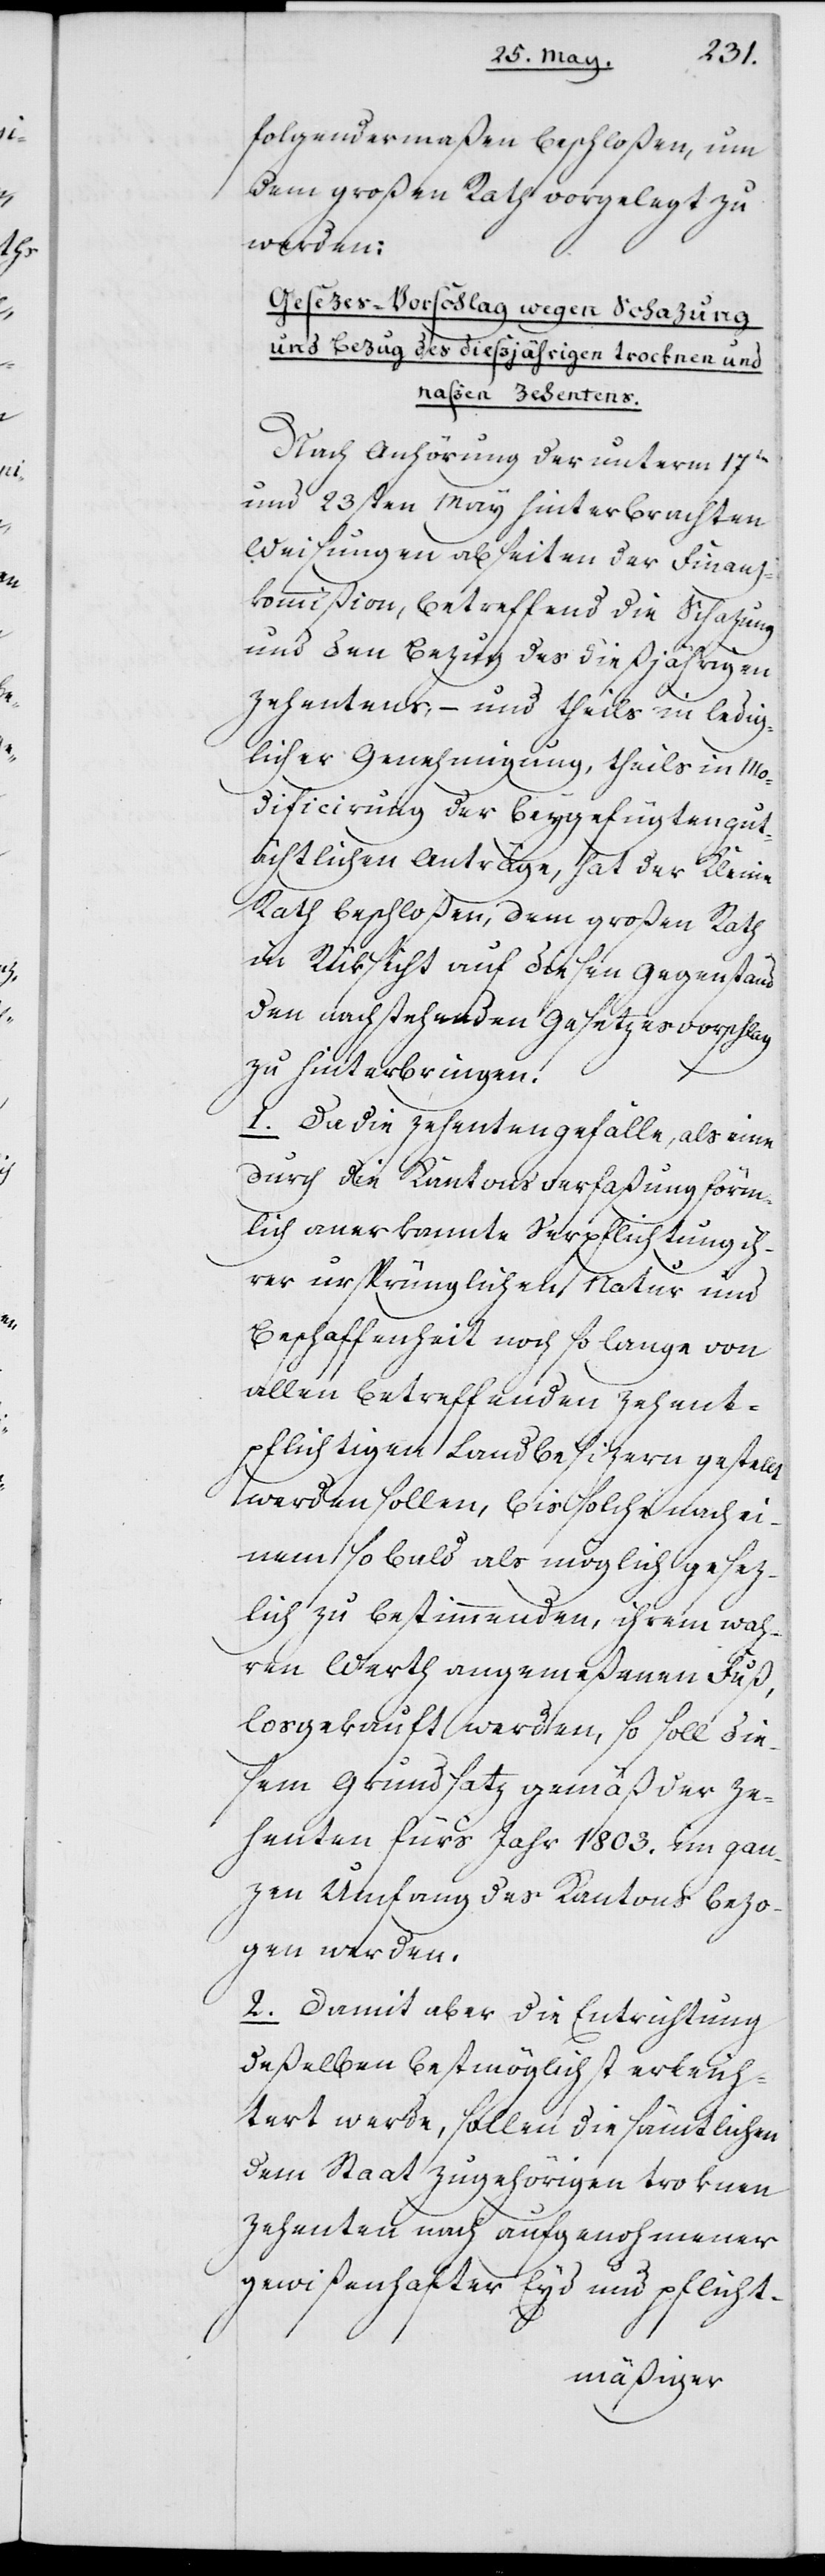
folgendermaßen beschloßen, um
dem großen Rath vorgelegt zu
werden:
Gesezes-Vorschlag wegen Schazung
und Bezug des dießjährigen trocknen und
naßen Zehentens.
Nach Anhörung der unterm 17ten
und 23sten May hinterbrachten
Weisungen abseiten der Finanz¬
kommißion, betreffend die Schazung
und den Bezug des dießjährigen
Zehentens, – und theils in ledig¬
licher Genehmigung, theils in Mo¬
dificierung der beygefügten gut¬
ächtlichen Anträge, hat der Kleine
Rath beschloßen, dem großen Rath
in Rüksicht auf diesen Gegenstand
den nachstehenden Gesetzesvorschlag
zu hinterbringen.
1. Da die Zehentengefälle, als eine
durch die Kantonsverfaßung förm¬
lich anerkannte Verpflichtung ih¬
rer ursprünglichen Natur und
Beschaffenheit noch so lange von
allen betreffenden zehent¬
pflichtigen Landbesitzern gestell¬
t werden sollen, bis solche nach ei¬
nem so bald als möglich gesez¬
lich zu bestimmenden, ihrem wah¬
ren Wert angemeßenen Fuß,
losgekauft werden, so soll die¬
sem Grundsatz gemäß der Ze¬
henten für’s Jahr 1803. im gan¬
zen Umfang des Kantons bezo¬
gen werden.
2. Damit aber die Entrichtung
deßelben bestmöglichst erleich¬
tert werde, sollen die sämtlichen
dem Staat zugehörigen troknen
Zehenten nach aufgenohmener
gewißenhafter Eyd[-] und pflicht-